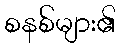
စနစ်များ၏